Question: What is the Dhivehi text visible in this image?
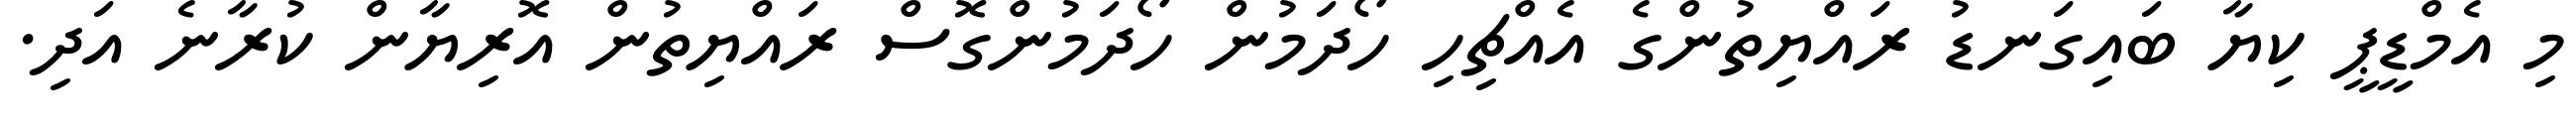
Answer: މި އެމްޑީޕީ ކިޔާ ބައިގަނޑު ރައްޔިތުންގެ އެއްޗިހި ހޯދަމުން ހޯދަމުންގޮސް ރައްޔިތުން އޮރިޔާން ކުރާނެ އަދި.